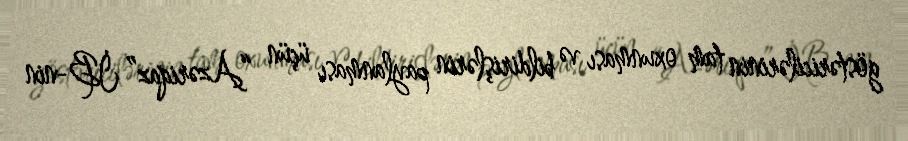
göstəricilərinin tam oxunması və bildirişlərin paylanması üçün “Azəriqaz” İB-nin